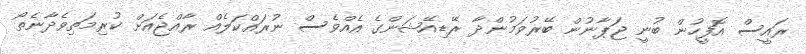
ރައީސް އޮފީހުން ބުނީ ޖަޕާނުން ބޭރުވަމުންދާ ރޭޑިއޭޝަންގެ އެއްވެސް ނުރައްކަލެއް ރާއްޖެއަށް ކުރިމަތިވެދާނެތޯ